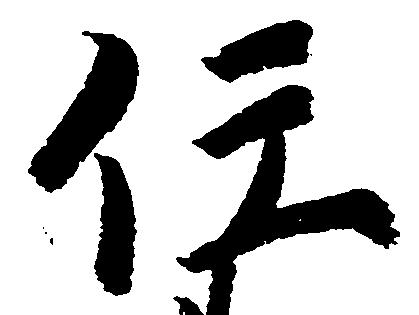
任